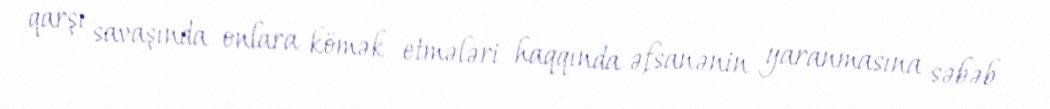
qarşı savaşında onlara kömək etmələri haqqında əfsanənin yaranmasına səbəb